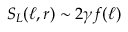
S _ { L } ( \ell , r ) \sim 2 \gamma f ( \ell )